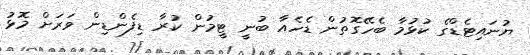
ޔުނައިޓެޑްގެ ކުޅުމާ ބެހޭގޮތުން ޑެހެއާ ބުނީ ޓީމުން ކުރާ ޑިފެންޑިން ވަރަށް މޮޅު